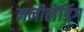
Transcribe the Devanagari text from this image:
मनीलेंडिंग